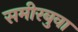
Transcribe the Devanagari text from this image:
समीरबुवा